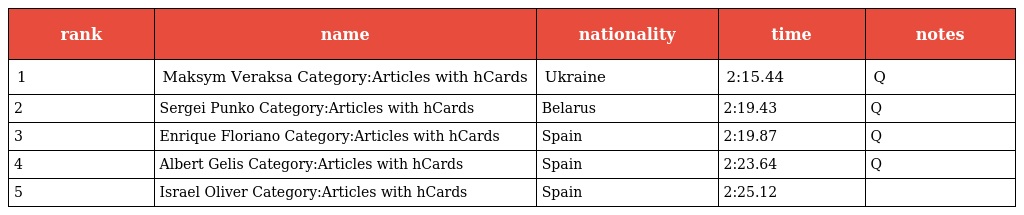
| rank | name | nationality | time | notes |
 | --- | --- | --- | --- | --- |
 | 1 | Maksym Veraksa Category:Articles with hCards | Ukraine | 2:15.44 | Q |
 | 2 | Sergei Punko Category:Articles with hCards | Belarus | 2:19.43 | Q |
 | 3 | Enrique Floriano Category:Articles with hCards | Spain | 2:19.87 | Q |
 | 4 | Albert Gelis Category:Articles with hCards | Spain | 2:23.64 | Q |
 | 5 | Israel Oliver Category:Articles with hCards | Spain | 2:25.12 |  |